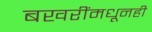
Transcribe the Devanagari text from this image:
बखरींमधूनही